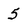
Character: 5